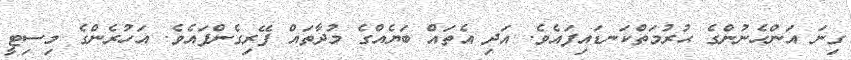
ގިނަ އަންހެނުންގެ ޙުރުމަތްކަނޑައިފައެވެ. އަދި އެތައް ބަޔެއްގެ މުދާތައް ފޭރިގެންފައެވެ. އަހުރެންގެ މިސިޓީ